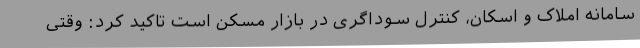
سامانه املاک و اسکان، کنترل سوداگری در بازار مسکن است تاکید کرد: وقتی